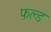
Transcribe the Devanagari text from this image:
फ़ल्ड